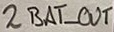
Text: 2BAT_OUT